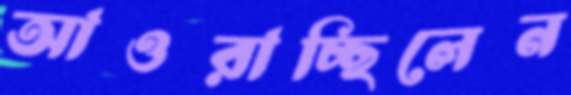
আওরাচ্ছিলেন